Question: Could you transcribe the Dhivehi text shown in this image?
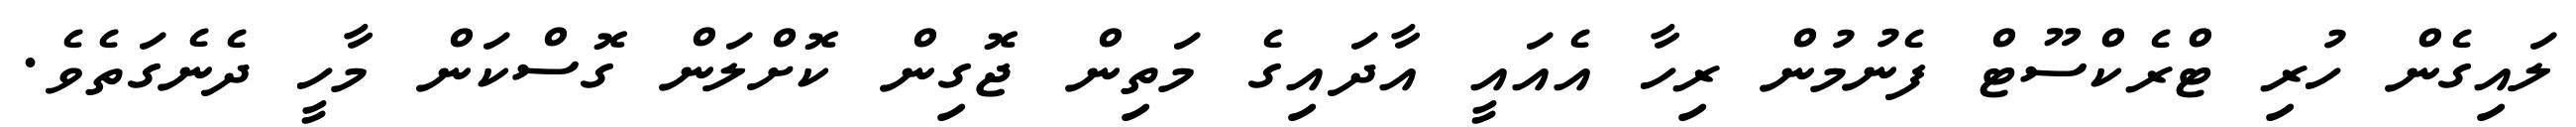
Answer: ލައިގެން ހުރި ޓްރެކްސޫޓް ފެނުމުން ރިހާ އެއައީ އާދައިގެ މަތިން ޖޮގިން ކޮށްލަން ގޮސްކަން މާހީ ދެނެގަތެވެ.